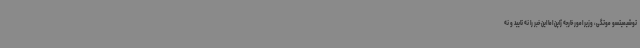
توشیمیتسو موتگی، وزیر امور خارجه ژاپن اما این خبر را نه تایید و نه